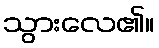
သွားလေ၏။